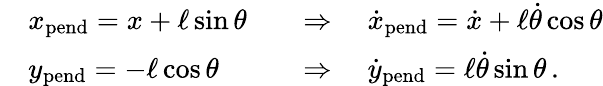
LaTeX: {\begin{array}{rll}&{x_{\mathrm{pend}}=x+\ell\sin\theta}&{\quad\Rightarrow\quad{\dot{x}}_{\mathrm{pend}}={\dot{x}}+\ell{\dot{\theta}}\cos\theta}\\ &{y_{\mathrm{pend}}=-\ell\cos\theta}&{\quad\Rightarrow\quad{\dot{y}}_{\mathrm{pend}}=\ell{\dot{\theta}}\sin\theta\, .}\end{array}}